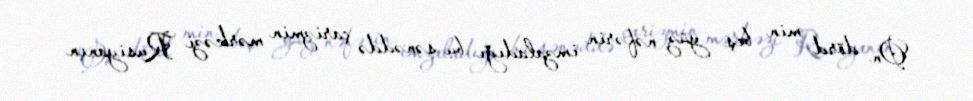
On dörd min beş yüz nəfərin imzaladığı bu sənəddə çarizmin mərkəzi Rusiyanın